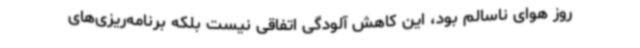
روز هوای ناسالم بود، این کاهش آلودگی اتفاقی نیست بلکه برنامه‌ریزی‌های